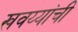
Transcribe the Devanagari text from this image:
खवय्यांची